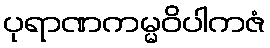
ပုရာဏကမ္မဝိပါကဇံ